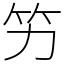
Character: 竻